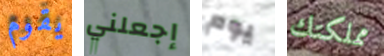
يقوم إجعلني يوم مملكتك